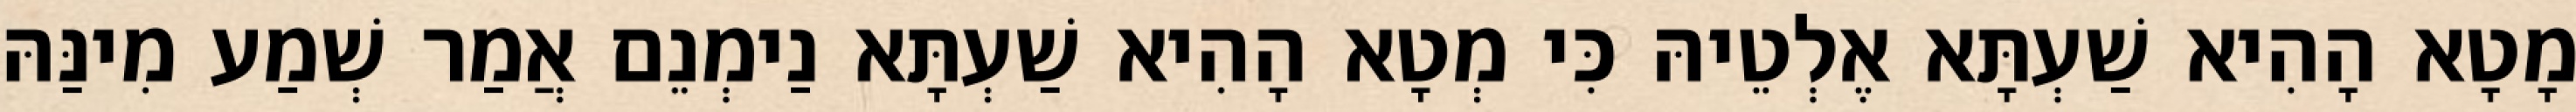
מָטָא הָהִיא שַׁעְתָּא אֶלְטֵיהּ כִּי מְטָא הָהִיא שַׁעְתָּא נַימְנֵם אֲמַר שְׁמַע מִינַּהּ